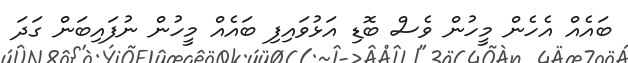
ބައެއް އެހެން މީހުން ވެސް ބޮޑި އަޅުވައިފި ބައެއް މީހުން ނުފައިބަން ގަދަ